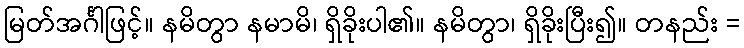
မြတ်အင်္ဂါဖြင့်။ နမိတွာ နမာမိ၊ ရှိခိုးပါ၏။ နမိတွာ၊ ရှိခိုးပြီး၍။ တနည်း =